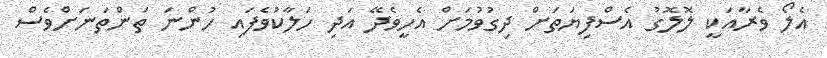
އެލޯ ވެރާއަކީ ލޮލޮގު އެސްފިޔަތަށް ދިގުވުމަށް އެހީވެދޭ އަދި ހަލާކުވެފައި ހުންނަ ތަންތަނަށްވެސް